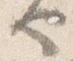
也